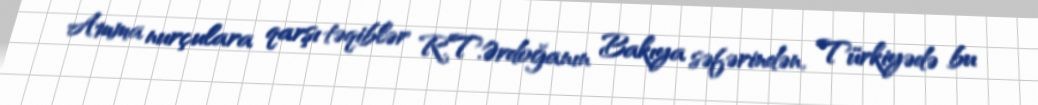
Amma nurçulara qarşı təqiblər R.T.Ərdoğanın Bakıya səfərindən, Türkiyədə bu